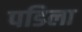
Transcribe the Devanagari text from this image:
पडिला